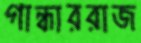
গান্ধাররাজ